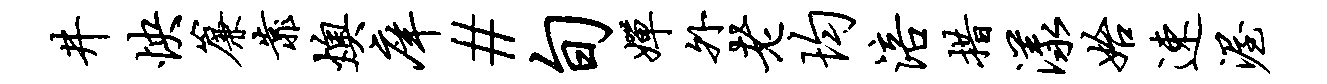
井怏帘靠燠庠#旬婵外老均涪措漾始速渥